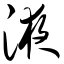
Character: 液